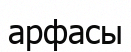
арфасы